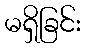
မရှိခြင်း